Vital statistics of India. Vol. IV, Annual returns from 1871 to 1876. British Army of India, Native Army and jails of Bengal
Year: 1871
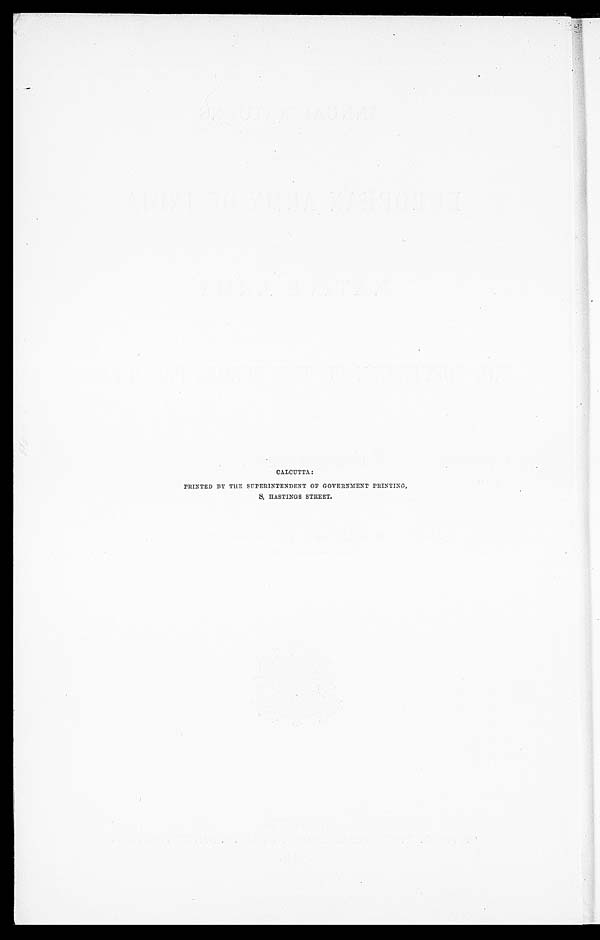
CALCUTTA:
PRINTED BY THE SUPERINTENDENT OF GOVERNMENT PRINTING.
8, HASTINGS STREET.